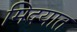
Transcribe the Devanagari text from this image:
मिदयात